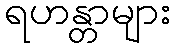
ရဟန္တာများ